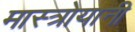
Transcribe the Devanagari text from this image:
मास्त्रोयानी